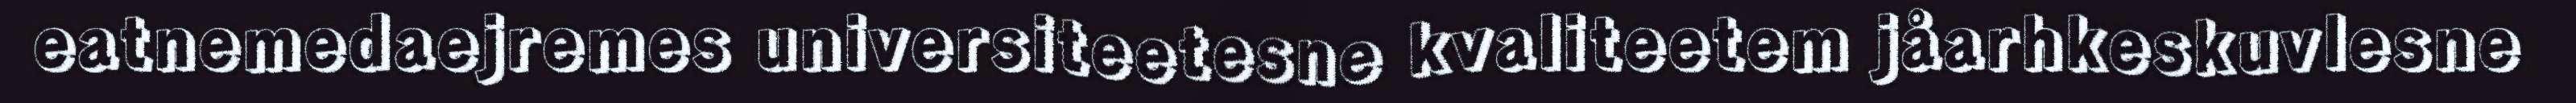
eatnemedaejremes universiteetesne kvaliteetem jåarhkeskuvlesne